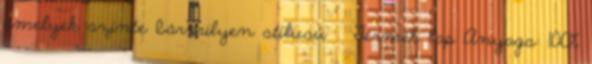
amelyek szinte bármilyen stílusú » Termék lap Anyaga: 100%